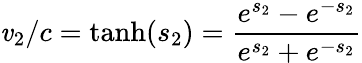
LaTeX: \mathit{v}_{2}/c={\mathrm{{tanh}}}(s_{2})={\frac{{e^{s_{2}}-e^{-s_{2}}}}{{e^{s_{2}}+e^{-s_{2}}}}}